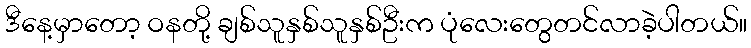
ဒီနေ့မှာတော့ ဝနတို့ ချစ်သူနှစ်သူနှစ်ဦးက ပုံလေးတွေတင်လာခဲ့ပါတယ်။